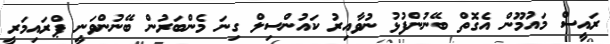
ރައީސް މައުމޫން އެގޮތް ބޭނުންފުޅު ނުވާއިރު ކައުންސިލް ގިނަ މެންބަރުން ބޭނުންވަނީ ޕްރައިމަރީ